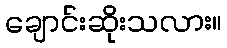
ချောင်းဆိုးသလား။